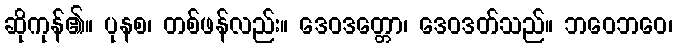
ဆိုကုန်၏။ ပုနစ၊ တစ်ဖန်လည်း။ ဒေဝဒတ္တော၊ ဒေဝဒတ်သည်။ ဘဝေဘဝေ၊